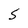
Character: S